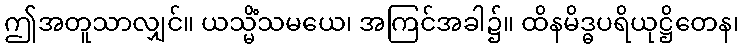
ဤအတူသာလျှင်။ ယသ္မိံသမယေ၊ အကြင်အခါ၌။ ထိနမိဒ္ဓပရိယုဋ္ဌိတေန၊